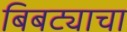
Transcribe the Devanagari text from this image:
बिबट्याचा